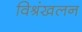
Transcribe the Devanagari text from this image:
विश्रंखलन